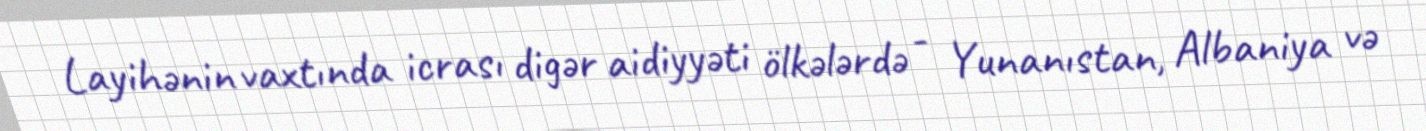
Layihənin vaxtında icrası digər aidiyyəti ölkələrdə - Yunanıstan, Albaniya və